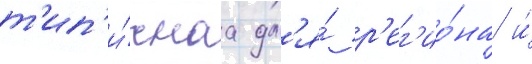
т'ип'и́чнаа дл'я́ р'ег'ио́на и́